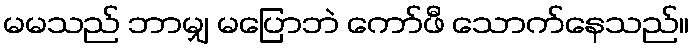
မမသည် ဘာမျှ မပြောဘဲ ကော်ဖီ သောက်နေသည်။